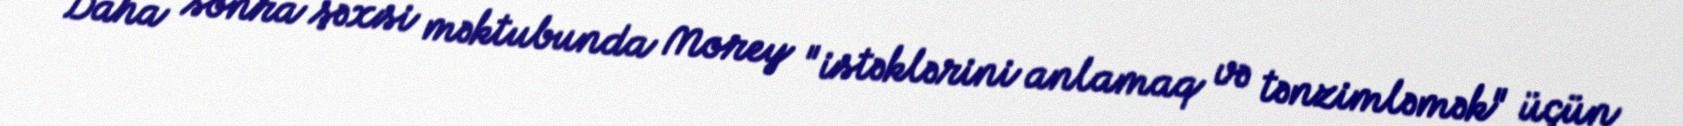
Daha sonra şəxsi məktubunda Morey "istəklərini anlamaq və tənzimləmək" üçün